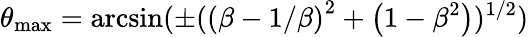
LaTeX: \theta_{\mathrm{max}}=\mathrm{arcsin}(\pm{(\left(\beta-1/\beta\right)^{2}+\left(1-\beta^{2}\right))^{1/2}})